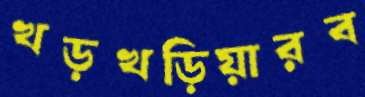
খড়খড়িয়ারব